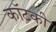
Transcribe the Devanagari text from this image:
कॉटकी